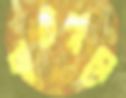
বাটপারে